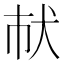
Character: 𤜲